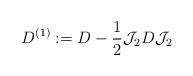
LaTeX: \begin{align*}D^{(1)}:= D -\frac{1}{2} \mathcal J_{2} D \mathcal J_{2} \end{align*}